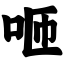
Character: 咂